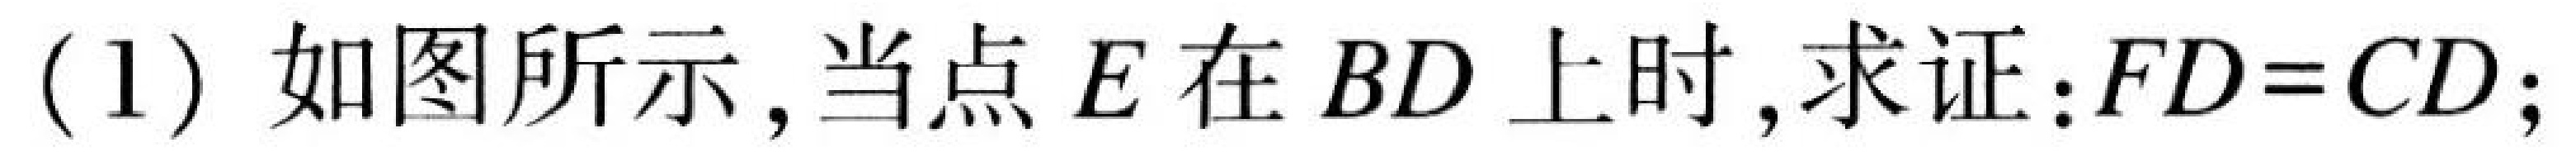
(1) 如图所示, 当点$E$在$BD$上时, 求证:$FD = CD$;